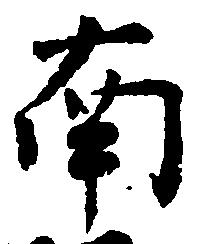
南